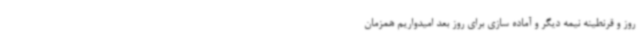
روز و قرنطینه نیمه دیگر و آماده سازی برای روز بعد امیدواریم همزمان